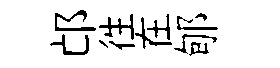
邙徃在郇